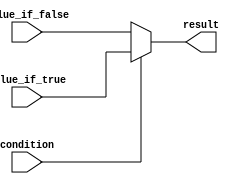
module conditional_assign (
    input wire condition,
    input wire [3:0] value_if_true,
    input wire [3:0] value_if_false,
    output reg [3:0] result
);

always @* begin
    if (condition) begin
        result = value_if_true;
    end else begin
        result = value_if_false;
    end
end

endmodule